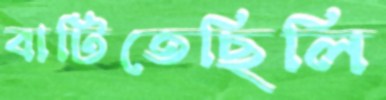
বাটিতেছিলি